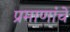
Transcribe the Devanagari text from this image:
प्रमाणांचे